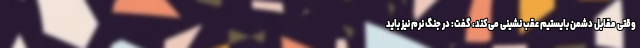
وقتی مقابل دشمن بایستیم عقب نشینی می‌کند، گفت: در جنگ نرم نیز باید